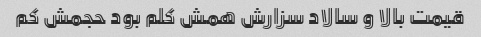
قیمت بالا و سالاد سزارش همش کلم بود حجمش کم